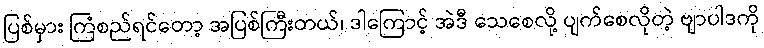
ပြစ်မှား ကြံစည်ရင်တော့ အပြစ်ကြီးတယ်၊ ဒါကြောင့် အဲဒီ သေစေလို့ ပျက်စေလိုတဲ့ ဗျာပါဒကို